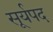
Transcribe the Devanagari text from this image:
सूर्यपद